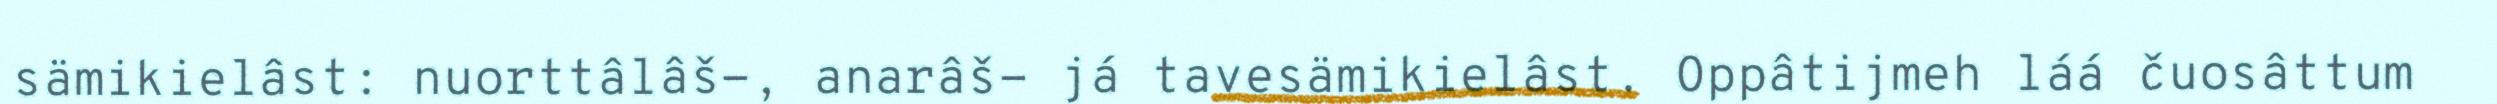
sämikielâst: nuorttâlâš-, anarâš- já tavesämikielâst. Oppâtijmeh láá čuosâttum